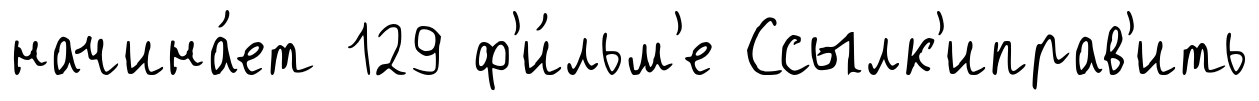
начина́ет 129 ф'и́льм'е Ссылк'иправ'ить